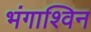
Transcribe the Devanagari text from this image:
भंगाश्विन